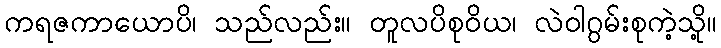
ကရဇကာယောပိ၊ သည်လည်း။ တူလပိစုဝိယ၊ လဲဝါဂွမ်းစုကဲ့သို့။